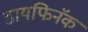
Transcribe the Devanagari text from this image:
डायफिनॅक